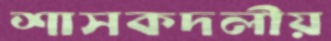
শাসকদলীয়